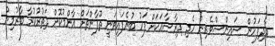
ދާދިފަހުން ސައިންސްވެރިން ހެދި ދިރާސާއަކަށް ފަހު ބުނެފައިވަނީ ތޫފާންތަށް އާންމުކޮށް ދަތުރުކުރާ ބާރުމިން